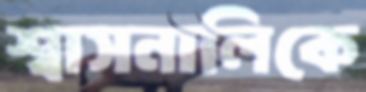
শ্বাসনালিকে